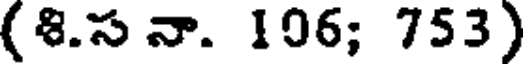
(8.స నా. 106; 753)